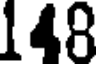
148